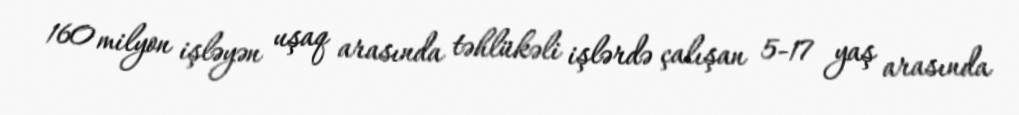
160 milyon işləyən uşaq arasında təhlükəli işlərdə çalışan 5-17 yaş arasında